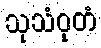
သုသံဝုတံ